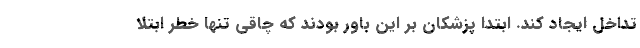
تداخل ایجاد کند. ابتدا پزشکان بر این باور بودند که چاقی تنها خطر ابتلا